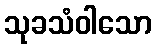
သုခသံဝါသော